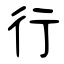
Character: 行